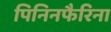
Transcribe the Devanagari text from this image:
पिनिनफैरिना